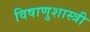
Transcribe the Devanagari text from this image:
विषाणुशास्त्री